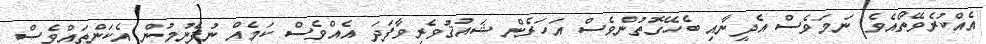
އެއްކުރެވޭތޯއެވެ. ނަމަވެސް އެދީނާއި ބެހޭގޮތުންވެސް އަހަރެން ޝައުޤުވެރިވާފަދަ އެއްވެސް ކަމެއް ނުފެނުމުން އެކަންތައްވެސް